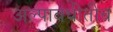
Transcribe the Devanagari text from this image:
अल्पावधीतीच